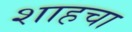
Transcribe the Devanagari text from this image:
शाहचा